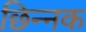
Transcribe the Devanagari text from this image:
छिन्नक